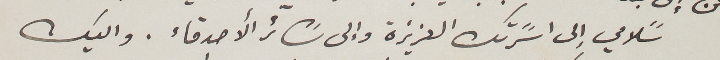
سًلامي إلى اسًرتك العزيزة وإلى سَائر الأصدقاء. واليك